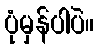
ပုံမှန်ပါပဲ။